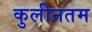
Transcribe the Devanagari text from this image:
कुलीनतम